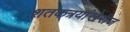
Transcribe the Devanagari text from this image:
शतकत्रयांखेरीज